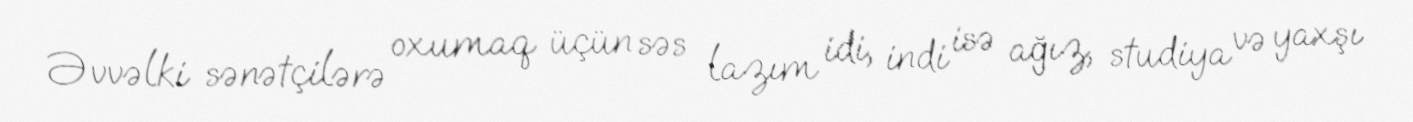
Əvvəlki sənətçilərə oxumaq üçün səs lazım idi, indi isə ağız, studiya və yaxşı